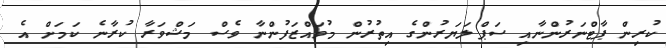
ކުރިން ޕާޓްނަރުންނާއި ސަޕްލަޔަރުންގެ އިތުރުން މުވައްޒަފުންނާ ވެސް މަޝްވަރާ ކުރާނެ ކަމަށް އެ